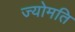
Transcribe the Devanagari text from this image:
ज्योमति